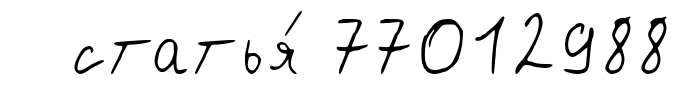
статья́ 77012988